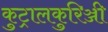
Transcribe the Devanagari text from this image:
कुट्रालकुरिञ्जी